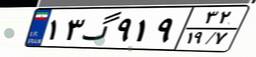
۱۳گ۹۱۹۳۲